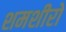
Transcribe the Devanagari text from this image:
शमशीरो